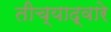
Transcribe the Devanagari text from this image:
तीच्याद्वारे